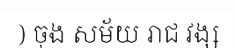
) ចុង សម័យ រាជ វង្ស